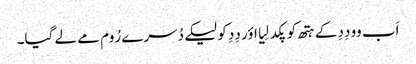
اَب وو دِدِ کے ہتھ کو پکد لِیا اؤر دِدِ کو لیکے دُسرے رُوم مے لے گیا۔